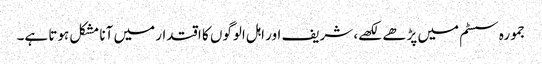
جمورہ سسٹم میں پڑھے لکھے، شریف اور اہل الوگوں کا اقتدار میں آنا مشکل ہوتا ہے۔